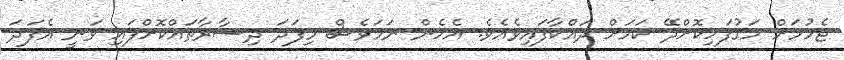
ޖެހުމަށް މަގުފަހިކޮށްދޭ ކަމަށް ދައްކާފައިވެއެވެ. އެހެން ނަމަވެސް މިފަދަ ދިސާރާތައްކޮށްފައި ވަނީ އެފަދަ